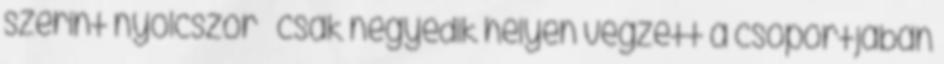
szerint nyolcszor – csak negyedik helyen végzett a csoportjában